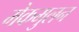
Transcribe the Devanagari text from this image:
मेकमुलन